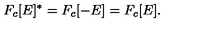
F _ { c } [ E ] ^ { * } = F _ { c } [ - E ] = F _ { c } [ E ] .